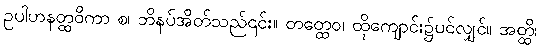
ဥပါဟနတ္ထဝိကာ စ၊ ဘိနပ်အိတ်သည်၎င်း။ တတ္ထေဝ၊ ထိုကျောင်း၌ပင်လျှင်။ အတ္ထိ၊